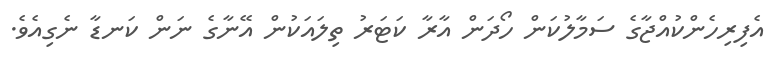
އެފިރިހެންކުއްޖާގެ ސަމާލުކަން ހޯދަން އާރާ ކަޓަރު ތިލައަކުން އޭނާގެ ނަން ކަނޑާ ނެގިއެވެ.